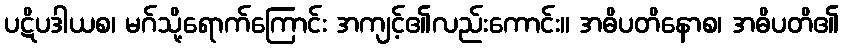
ပဋိပဒါယစ၊ မဂ်သို့ရောက်ကြောင်း အကျင့်၏လည်းကောင်း။ အဓိပတိနောစ၊ အဓိပတိ၏